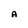
Character: A